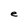
Character: e